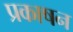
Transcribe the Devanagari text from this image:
प्रकाषन